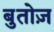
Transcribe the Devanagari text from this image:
बुतोज़